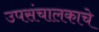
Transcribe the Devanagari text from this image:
उपसंचालकाचे